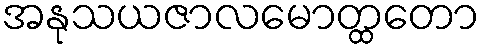
အနုသယဇာလမောတ္ထတော